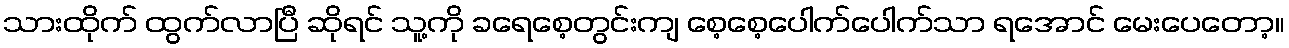
သားထိုက် ထွက်လာပြီ ဆိုရင် သူ့ကို ခရေစေ့တွင်းကျ စေ့စေ့ပေါက်ပေါက်သာ ရအောင် မေးပေတော့။